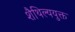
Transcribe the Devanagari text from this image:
शैथिल्ययुक्त